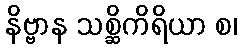
နိဗ္ဗာန သစ္ဆိကိရိယာ စ၊